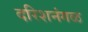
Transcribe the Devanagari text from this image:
दरिशनंगळ